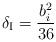
LaTeX: \begin{align*} \delta_{\rm I}=\frac{b_{i}^2}{36}\end{align*}